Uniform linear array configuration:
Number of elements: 8
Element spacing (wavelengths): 0.5
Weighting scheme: cosine
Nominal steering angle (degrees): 60
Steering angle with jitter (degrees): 61.626
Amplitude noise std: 0.05
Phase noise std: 0.05

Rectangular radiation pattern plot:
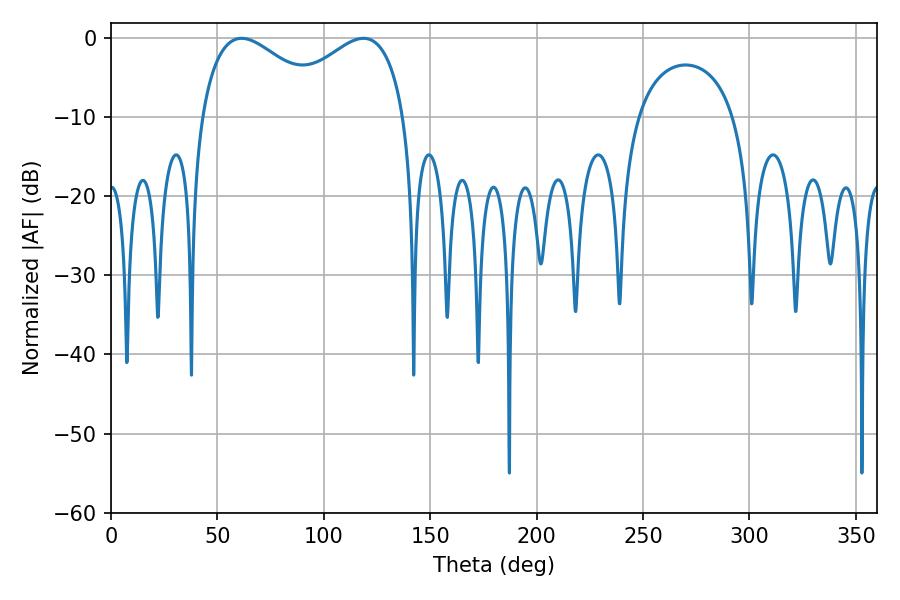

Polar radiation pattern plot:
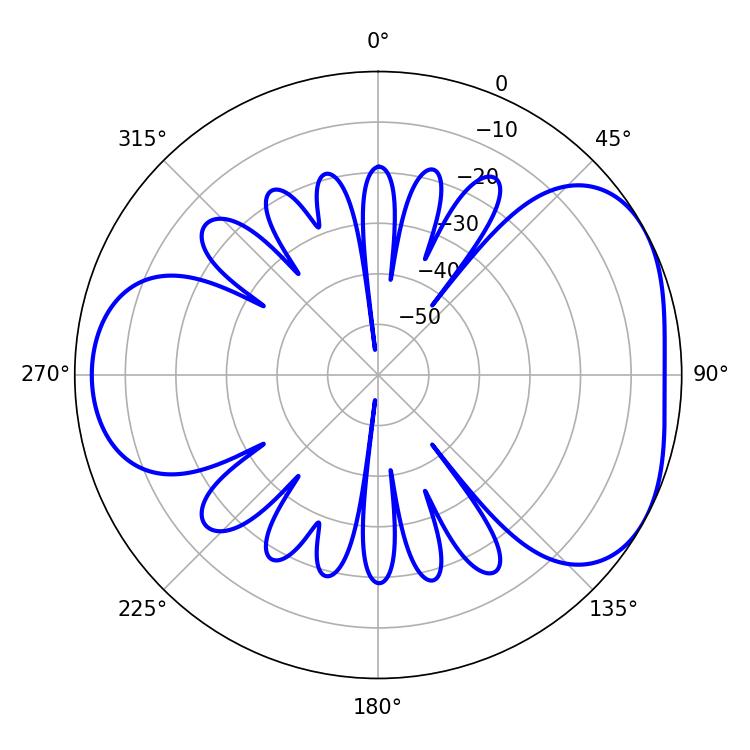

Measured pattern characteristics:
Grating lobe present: FALSE
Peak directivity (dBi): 4.381
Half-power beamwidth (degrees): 33.84
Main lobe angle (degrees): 61.38